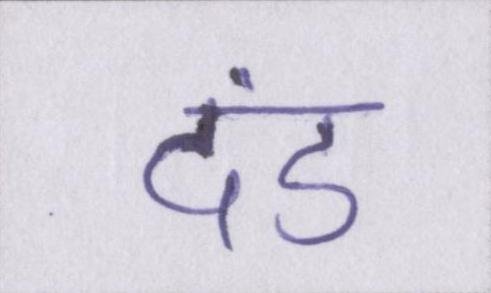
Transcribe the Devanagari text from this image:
दंड